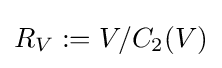
R_{V}:=V/C_{2}(V)